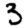
Digit: 3